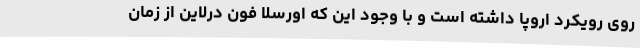
روی رویکرد اروپا داشته است و با وجود این که اورسلا فون درلاین از زمان